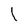
Character: 1